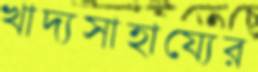
খাদ্যসাহায্যের